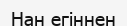
Нан егіннен